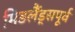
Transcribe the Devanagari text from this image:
मिडलैंड्सपूर्व